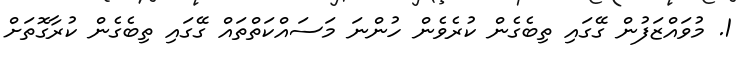
1. މުވައްޒަފުން ގޭގައި ތިބެގެން ކުރެވެން ހުންނަ މަސައްކަތްތައް ގޭގައި ތިބެގެން ކުރާގޮތަށް